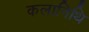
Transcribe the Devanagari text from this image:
कलानिथि